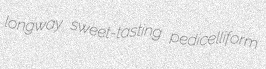
longway sweet-tasting pedicelliform